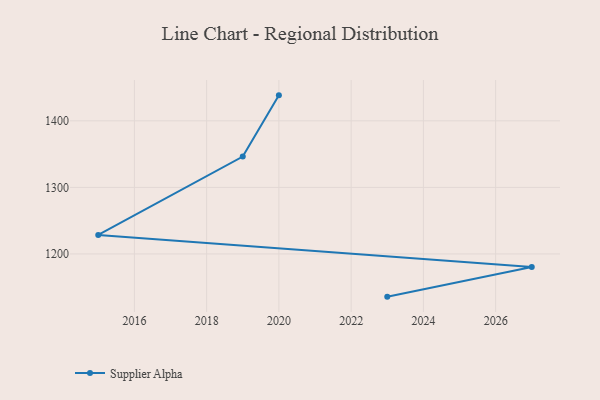
{"axis": {"x": "Year", "y": "Website Visitors"}, "legend": ["Supplier Alpha"], "data": [{"x": "2023", "y": 1135.8, "type": "Supplier Alpha"}, {"x": "2027", "y": 1180.5, "type": "Supplier Alpha"}, {"x": "2015", "y": 1228.5, "type": "Supplier Alpha"}, {"x": "2019", "y": 1346.3, "type": "Supplier Alpha"}, {"x": "2020", "y": 1438.3, "type": "Supplier Alpha"}]}